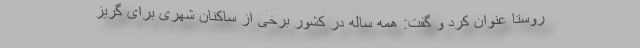
روستا عنوان کرد و گفت: همه ساله در کشور برخی از ساکنان شهری برای گریز